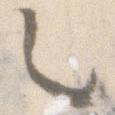
乙